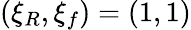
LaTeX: (\xi_{R},\xi_{f})=(1,1)